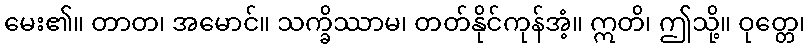
မေး၏။ တာတ၊ အမောင်။ သက္ခိဿာမ၊ တတ်နိုင်ကုန်အံ့။ ဣတိ၊ ဤသို့။ ဝုတ္တေ၊